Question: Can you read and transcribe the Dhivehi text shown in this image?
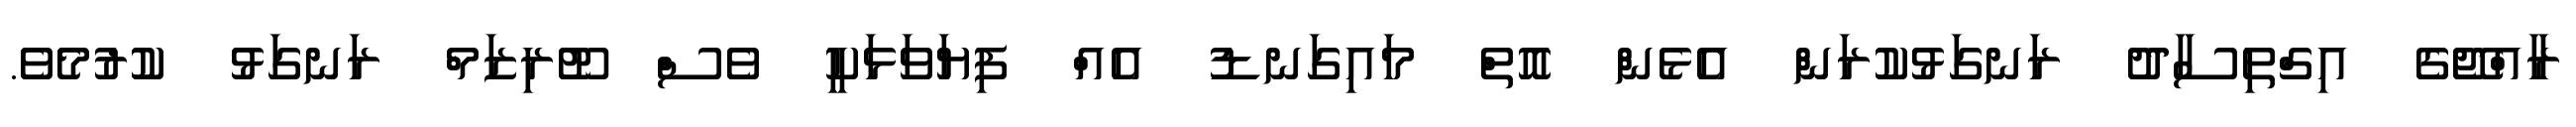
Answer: ރާއްޖޭގެ އިގްތިސާދު ރަނގަޅުކުރަން އެޅެން އޮތް މައިގަނޑު އެއް ފިޔަވަޅަކީ ވެސް ޓޫރިޒަމް ރަނގަޅު ކުރުމެވެ.